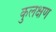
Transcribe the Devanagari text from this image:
कुलक्षण